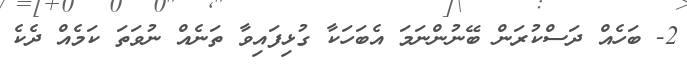
2- ބަހެއް ދަސްކުރަން ބޭނުންނަމަ އެބަހަކާ ގުޅިފައިވާ ތަނެއް ނުވަތަ ކަމެއް ދެކެ